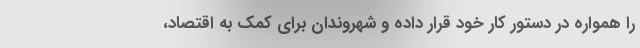
را همواره در دستور کار خود قرار داده و شهروندان برای کمک به اقتصاد،